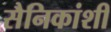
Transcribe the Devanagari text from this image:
सैनिकांशी